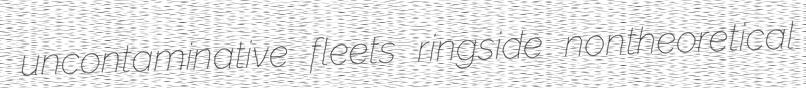
uncontaminative fleets ringside nontheoretical